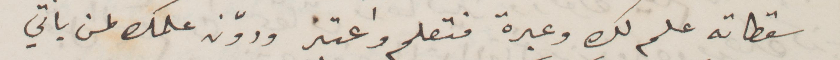
سقطاته علم لك وعبرة فتصلح واعتبر ودوّن علمك لمن يأتي